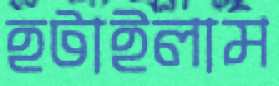
হটাইলাম